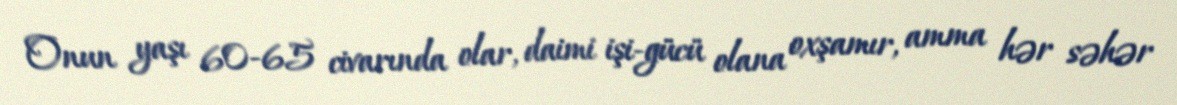
Onun yaşı 60-65 civarında olar, daimi işi-gücü olana oxşamır, amma hər səhər